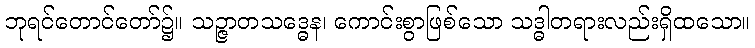
ဘုရင်တောင်တော်၌။ သဉ္ဇာတသဒ္ဓေန၊ ကောင်းစွာဖြစ်သော သဒ္ဓါတရားလည်းရှိထသော။